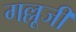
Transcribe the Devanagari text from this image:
गल्लूजी